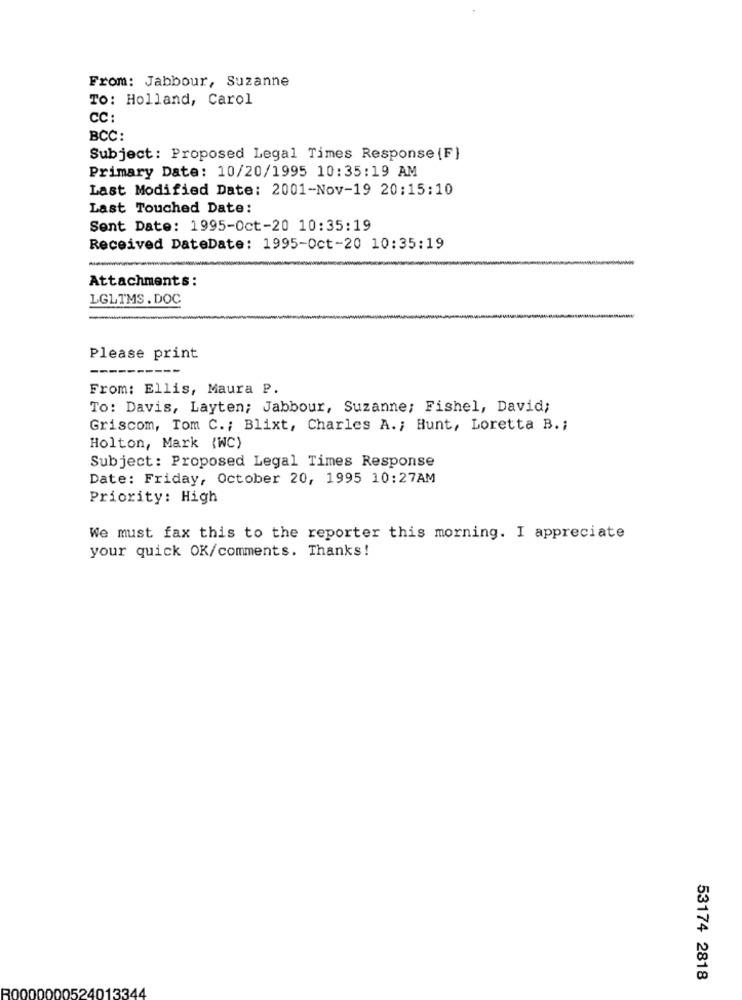
From: Jabbour, Suzanne
To: Holland, Carol
CC :
BCC:
Subject: Proposed Legal Times Response (F)
Primary Date: 10/20/1995 10:35:19 AM
Last Modified Date: 2001-Nov-19 20:15:10
Last Touched Date:
Sent Date: 1995-Oct-20 10:35:19
Received DateDate: 1995-Oct-20 10:35:19
Attachments:
LGLTMS. DOC
Please print
From: Ellis, Maura P.
To: Davis, Layten; Jabbour, Suzanne; Fishel, David;
Griscom, Tom C .; Blixt, Charles A .; Hunt, Loretta B .;
Holton, Mark (WC)
Subject: Proposed Legal Times Response
Date: Friday, October 20, 1995 10:27AM
Priority: High
We must fax this to the reporter this morning. I appreciate
your quick OK/comments. Thanks!
53174 2818
052
1336